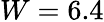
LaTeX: W=6.4